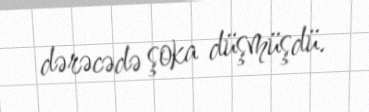
dərəcədə şoka düşmüşdü.